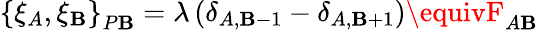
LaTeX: \left\{ \xi_{A},\xi_{\mathbf{B}}\right\} _{P\mathbf{B}}=\lambda\left(\delta_{A,\mathbf{B}-1}-\delta_{A,\mathbf{B}+1}\right)\equivF_{A\mathbf{B}}